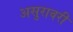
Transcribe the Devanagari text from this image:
असुरावरी